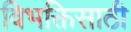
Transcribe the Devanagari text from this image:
विभक्तिसाठी